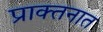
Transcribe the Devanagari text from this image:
प्राक्तनात